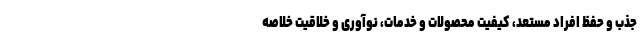
جذب و حفظ افراد مستعد، کیفیت محصولات و خدمات، نوآوری و خلاقیت خلاصه